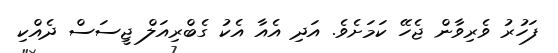
ފަހުރު ވެރިވާން ޖެހޭ ކަމަށެވެ. އަދި އެއާ އެކު ގެބްރިއަލް ޖީސަސް ދެއްކި